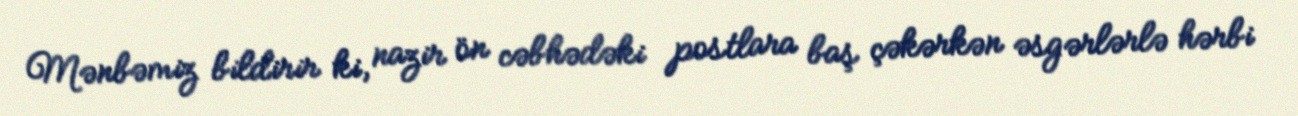
Mənbəmiz bildirir ki, nazir ön cəbhədəki postlara baş çəkərkən əsgərlərlə hərbi